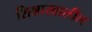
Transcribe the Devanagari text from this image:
शिश्नाखालील